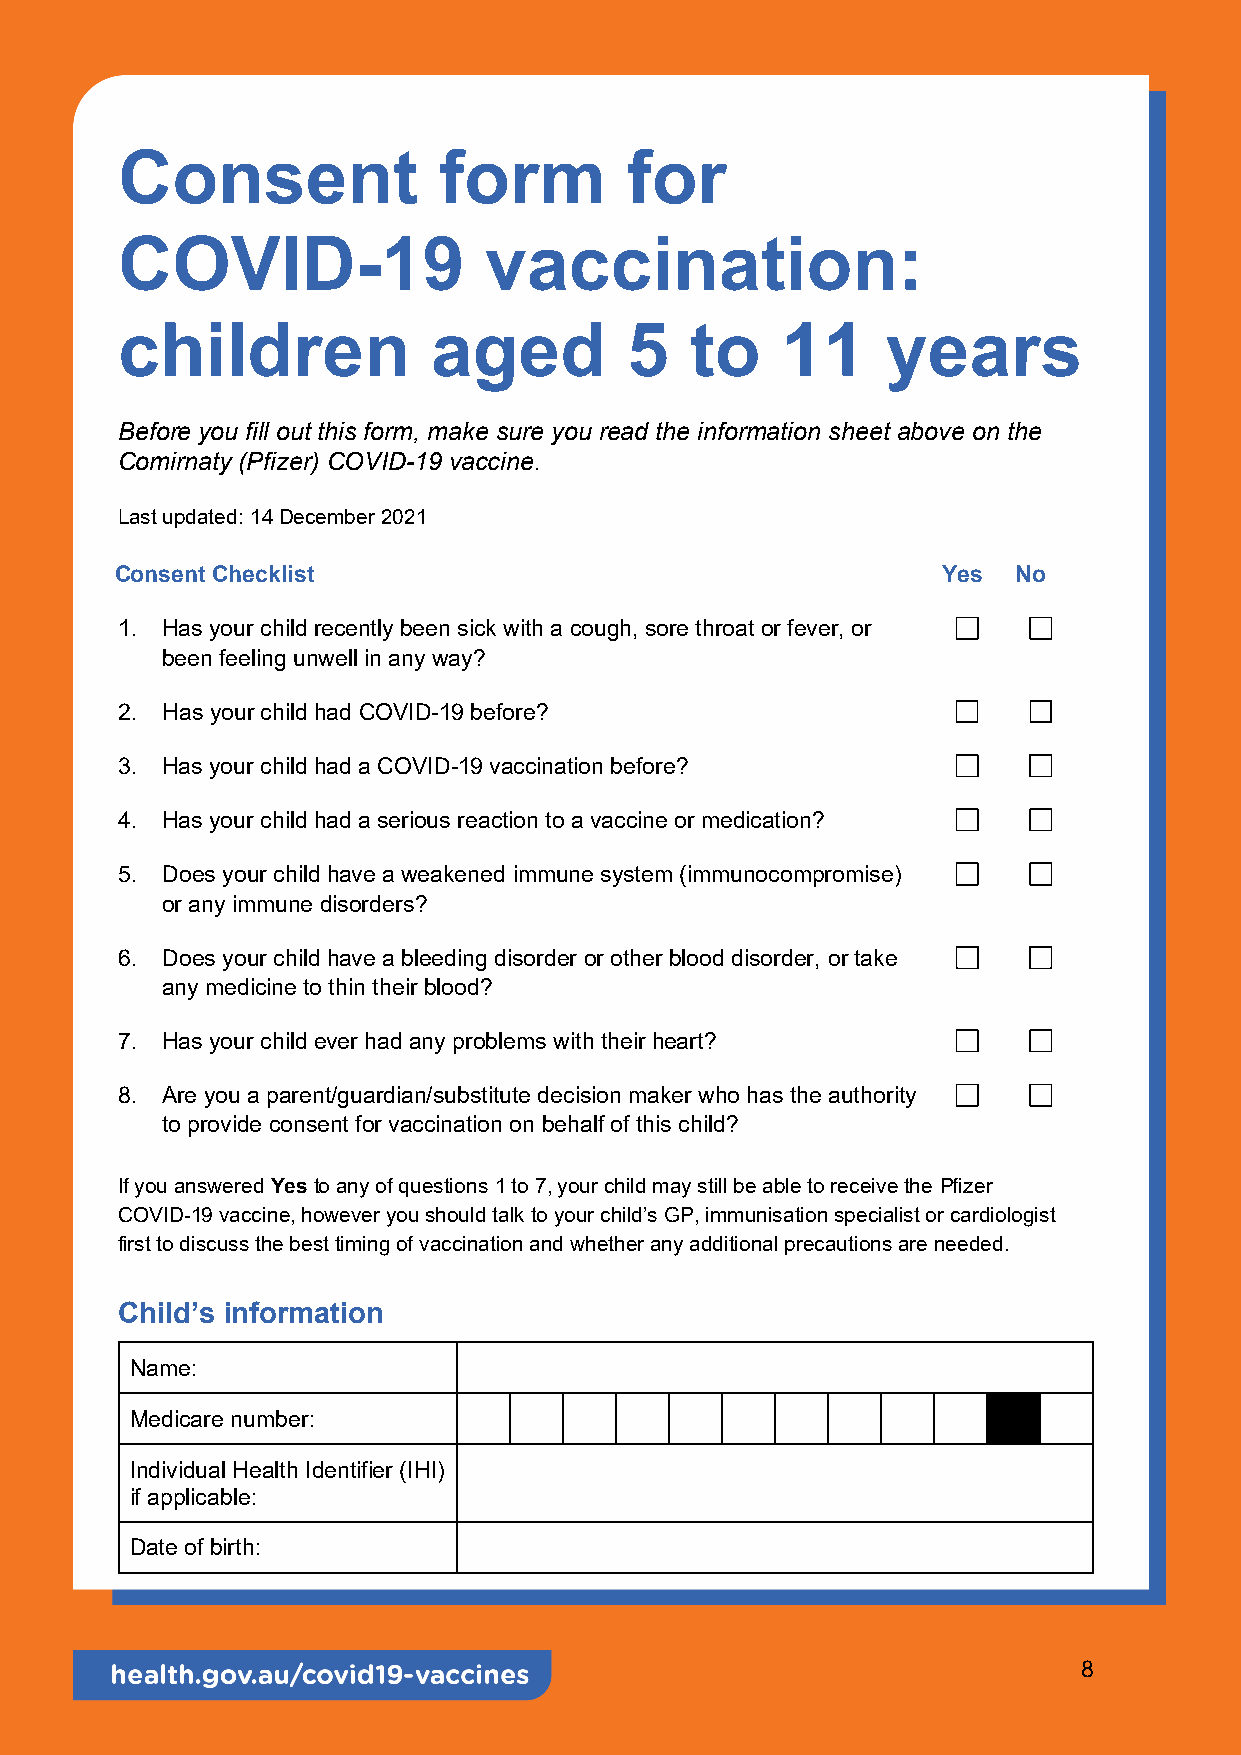
Consent              form        for
 COVID-19                vaccination:
 children             aged        5    to    11     years
 Before you fill out this form, make sure you read the information sheet above on the
 Comirnaty (Pfizer) COVID-19 vaccine.
 Last updated: 14 December 2021
 Consent Checklist                                     Yes  No
 1. Has your child recently been sick with a cough, sore throat or fever, or
 been feeling unwell in any way?
 2. Has your child had COVID-19 before?
 3. Has your child had a COVID-19 vaccination before?
 4. Has your child had a serious reaction to a vaccine or medication?
 5. Does your child have a weakened immune system (immunocompromise)
 or any immune disorders?
 6. Does your child have a bleeding disorder or other blood disorder, or take
 any medicine to thin their blood?
 7. Has your child ever had any problems with their heart?
 8. Are you a parent/guardian/substitute decision maker who has the authority
 to provide consent for vaccination on behalf of this child?
 If you answered Yes to any of questions 1 to 7, your child may still be able to receive the Pfizer
 COVID-19 vaccine, however you should talk to your child’s GP, immunisation specialist or cardiologist
 first to discuss the best timing of vaccination and whether any additional precautions are needed.
 Child’s information
 Name:
 Medicare number:
 Individual Health Identifier (IHI)
 if applicable:
 Date of birth:
 8